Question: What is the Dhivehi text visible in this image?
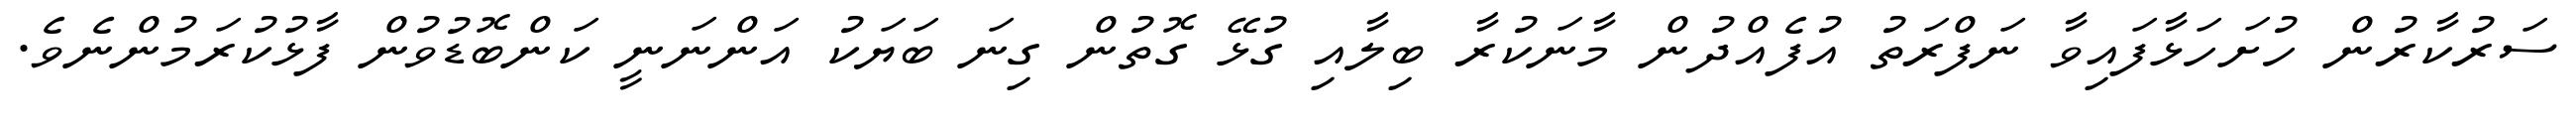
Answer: ސަރުކާރުން ހުށަހަޅާފައިވާ ނަފްރަތު އުފެއްދުން މާނަކުރާ ބިލާއި ގުޅޭ ގޮތުން ގިނަ ބަޔަކު އަންނަނީ ކަންބޮޑުވުން ފާޅުކުރަމުންނެވެ.